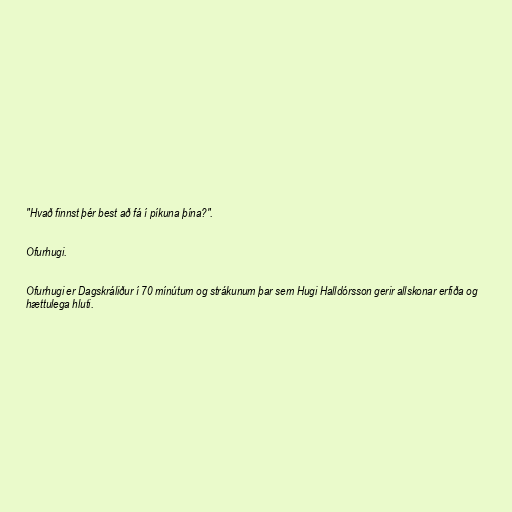
"Hvað finnst þér best að fá í píkuna þína?".

Ofurhugi.

Ofurhugi er Dagskráliður í 70 mínútum og strákunum þar sem Hugi Halldórsson gerir allskonar erfiða og
hættulega hluti.